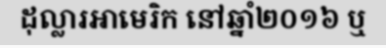
ដុល្លារអាមេរិក នៅឆ្នាំ២០១៦ ឬ